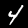
Digit: 4